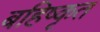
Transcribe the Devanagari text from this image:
बहिष्‍कृत